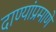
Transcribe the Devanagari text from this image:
दाण्यांप्रमाणे